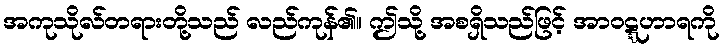
အကုသိုလ်တရားတို့သည် လည်ကုန်၏။ ဤသို့ အစရှိသည်ဖြင့် အာဝဋ္ဋဟာရကို